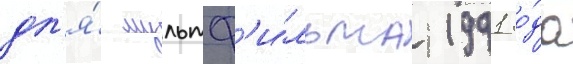
дл'я́ мультф'и́льма 1991 го́да